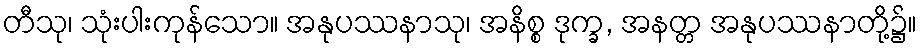
တီသု၊ သုံးပါးကုန်သော။ အနုပဿနာသု၊ အနိစ္စ ဒုက္ခ, အနတ္တ အနုပဿနာတို့၌။